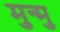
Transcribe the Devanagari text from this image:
मुन्मु